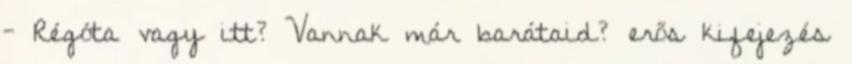
- Régóta vagy itt? Vannak már barátaid? erős kifejezés